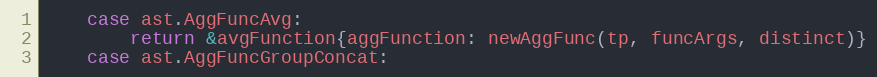
Language: Go
	case ast.AggFuncAvg:
		return &avgFunction{aggFunction: newAggFunc(tp, funcArgs, distinct)}
	case ast.AggFuncGroupConcat: